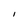
Character: I